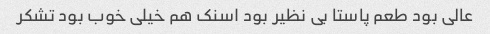
عالی بود طعم پاستا بی نظیر بود اسنک هم خیلی خوب بود تشکر